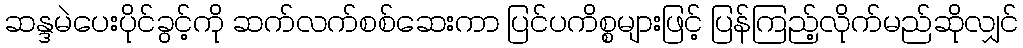
ဆန္ဒမဲပေးပိုင်ခွင့်ကို ဆက်လက်စစ်ဆေးကာ ပြင်ပကိစ္စများဖြင့် ပြန်ကြည့်လိုက်မည်ဆိုလျှင်